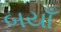
બયાઁ